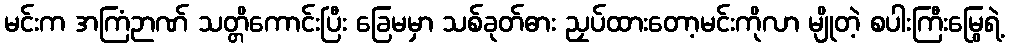
မင်းက အကြံဉာဏ် သတ္တိကောင်းပြီး ခြေမမှာ သစ်ခုတ်ဓား ညှပ်ထားတော့မင်းကိုလာ မျိုတဲ့ စပါးကြီးမြွေရဲ့